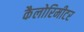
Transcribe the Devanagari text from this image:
कैलोरिमीटर